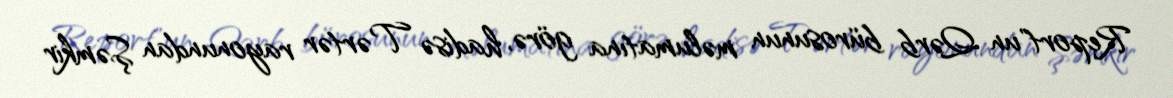
Report"un Qərb bürosunun məlumatına görə, hadisə Tərtər rayonundan Şəmkir